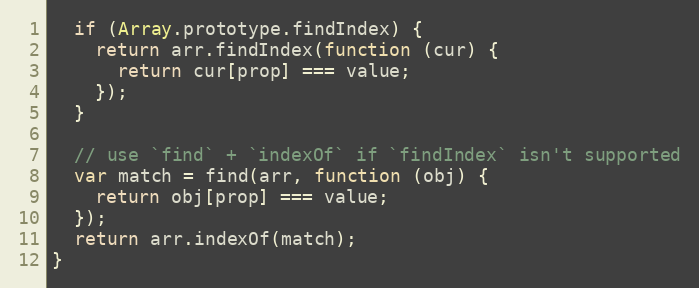
Language: JavaScript
  if (Array.prototype.findIndex) {
    return arr.findIndex(function (cur) {
      return cur[prop] === value;
    });
  }

  // use `find` + `indexOf` if `findIndex` isn't supported
  var match = find(arr, function (obj) {
    return obj[prop] === value;
  });
  return arr.indexOf(match);
}